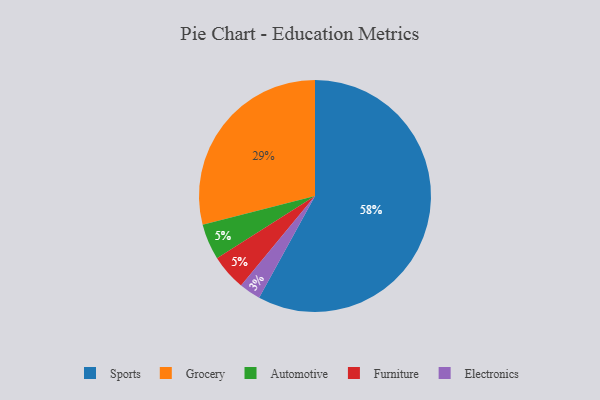
{"axis": {"x": "Category", "y": "Percentage"}, "legend": ["Automotive", "Electronics", "Furniture", "Grocery", "Sports"], "data": [{"x": "Sports", "y": 58, "type": "Sports"}, {"x": "Grocery", "y": 29, "type": "Grocery"}, {"x": "Automotive", "y": 5, "type": "Automotive"}, {"x": "Electronics", "y": 3, "type": "Electronics"}, {"x": "Furniture", "y": 5, "type": "Furniture"}]}